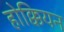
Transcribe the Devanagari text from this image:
होक्कियन